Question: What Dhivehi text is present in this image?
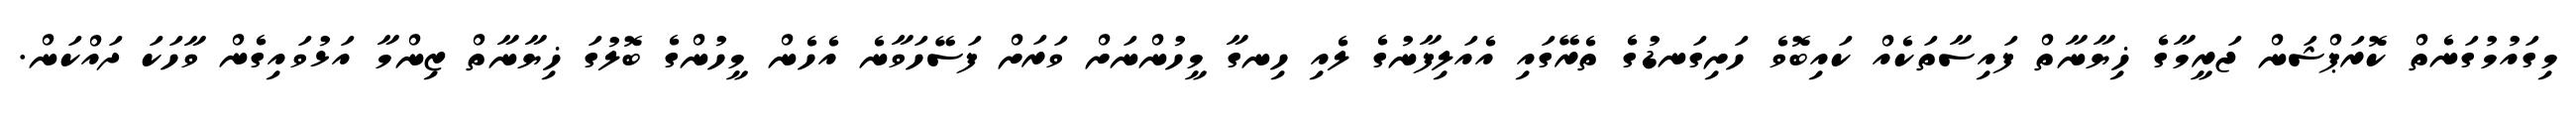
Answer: މިގައުމުގަނެތް ކޮރަޕްޝަން ޖަރީމާގެ ޚިޔާނާތް ފައިސާތަކެއް ކައިބޮވެ ހަށިގަނޑުގެ ތެރޭގައި އެއަލިފާނުގެ ލެއި ހިނގާ މީހުންނަށް ވަރަށް ފަސޭހަވާނެ އެހެން މީހުންގެ ބޮލުގަ ޚިޔާނާތް ޒިންމާ އަޅުވައިގެން ވާހަކަ ދައްކަން.